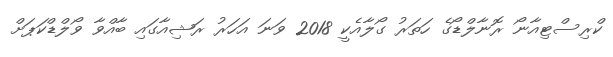
ކްރިސްޓިއާނޯ ރޮނާލްޑޯގެ ހަތަރު ގޯލާއެކީ 2018 ވަނަ އަހަރު ރަޝިއާގައި ބާއްވާ ވޯލްޑްކަޕަށް